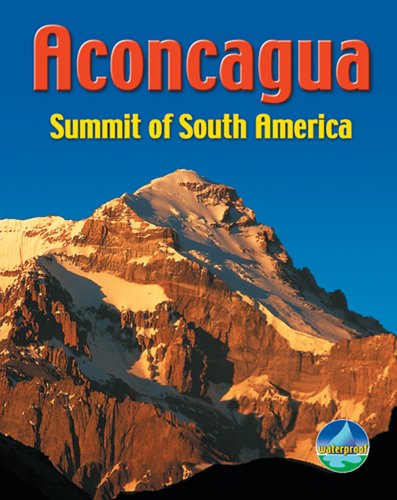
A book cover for Aconcagua: Summit of South America (Rucksack Pocket Summits); Harry Kikstra; Sports & Outdoors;